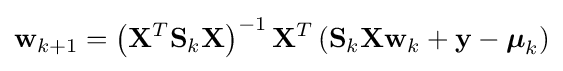
\mathbf {w} _{k+1}=\left(\mathbf {X} ^{T}\mathbf {S} _{k}\mathbf {X} \right)^{-1}\mathbf {X} ^{T}\left(\mathbf {S} _{k}\mathbf {X} \mathbf {w} _{k}+\mathbf {y} -\mathbf {\boldsymbol {\mu }} _{k}\right)